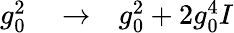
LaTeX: \begin{array}{rlr}{g_{0}^{2}}&{{}\to}&{g_{0}^{2}+2g_{0}^{4}I}\end{array}